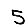
Digit: 5